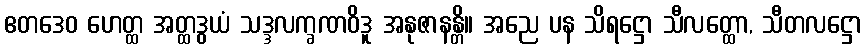
ဧတဒေဝ ဟေတ္ထ အတ္ထဒွယံ သဒ္ဒလက္ခဏဝိဒူ အနုဇာနန္တိ။ အညေ ပန သိရဋ္ဌော သီလတ္ထော, သီတလဋ္ဌော